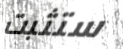
ستثبت